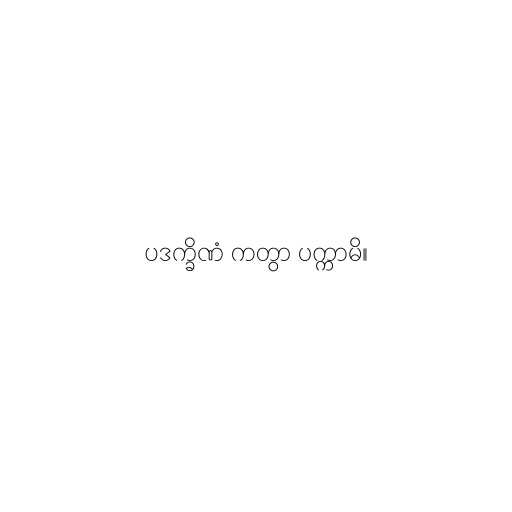
ပဒက္ခိဏံ ကတွာ ပက္ကာမိ။